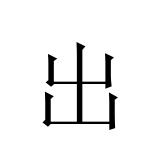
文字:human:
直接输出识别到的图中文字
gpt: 出